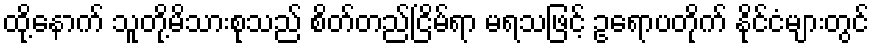
ထို့နောက် သူတို့မိသားစုသည် စိတ်တည်ငြိမ်ရာ မရသဖြင့် ဥရောပတိုက် နိုင်ငံများတွင်